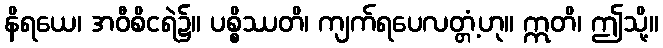
နိရယေ၊ အဝီစိငရဲ၌။ ပစ္စိဿတိ၊ ကျက်ရပေလတ္တံ့ဟု။ ဣတိ၊ ဤသို့။